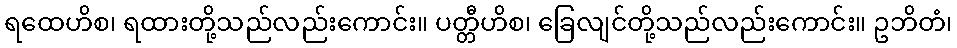
ရထေဟိစ၊ ရထားတို့သည်လည်းကောင်း။ ပတ္တီဟိစ၊ ခြေလျင်တို့သည်လည်းကောင်း။ ဥဘိတံ၊